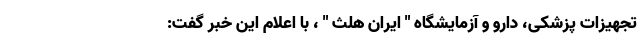
تجهیزات پزشکی، دارو و آزمایشگاه " ایران هلث " ، با اعلام این خبر گفت: